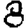
Digit: 8